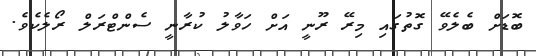
ބޮޑަށް ބެލެވޭ ގޮތުގައި މިރޭ ރޫނީ އަށް ހަވާލު ކުރާނީ ސެންޓްރަލް ރޯލެކެވެ.